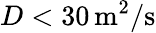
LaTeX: D<30\, \mathrm{m^{2}/s}